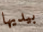
بيديها